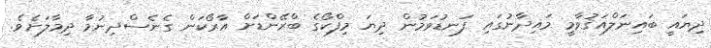
ދިޔައީ ބައިނަލްއަޤުވާމީ މައިދާނުގައި ފަނޑުވަމުން ދިޔަ މިފްކޯގެ ބްރޭންޑަށް އާރޯކަން ގެނެސްދިނުމާ ދިމާލަށެވެ.